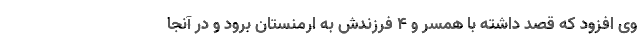
وی افزود که قصد داشته با همسر و 4 فرزندش به ارمنستان برود و در آنجا